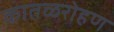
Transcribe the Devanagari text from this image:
कातळरोहण